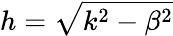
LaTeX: h=\sqrt{k^{2}-\beta^{2}}